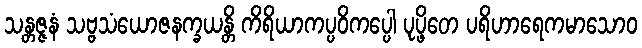
သန္တဇ္ဇနံ သဗ္ဗသံယောဇနက္ခယန္တိ ကိရိယာကပ္ပဝိကပ္ပေါ ပုပ္ဖိတေ ပရိဟာရေကမာသောဝ